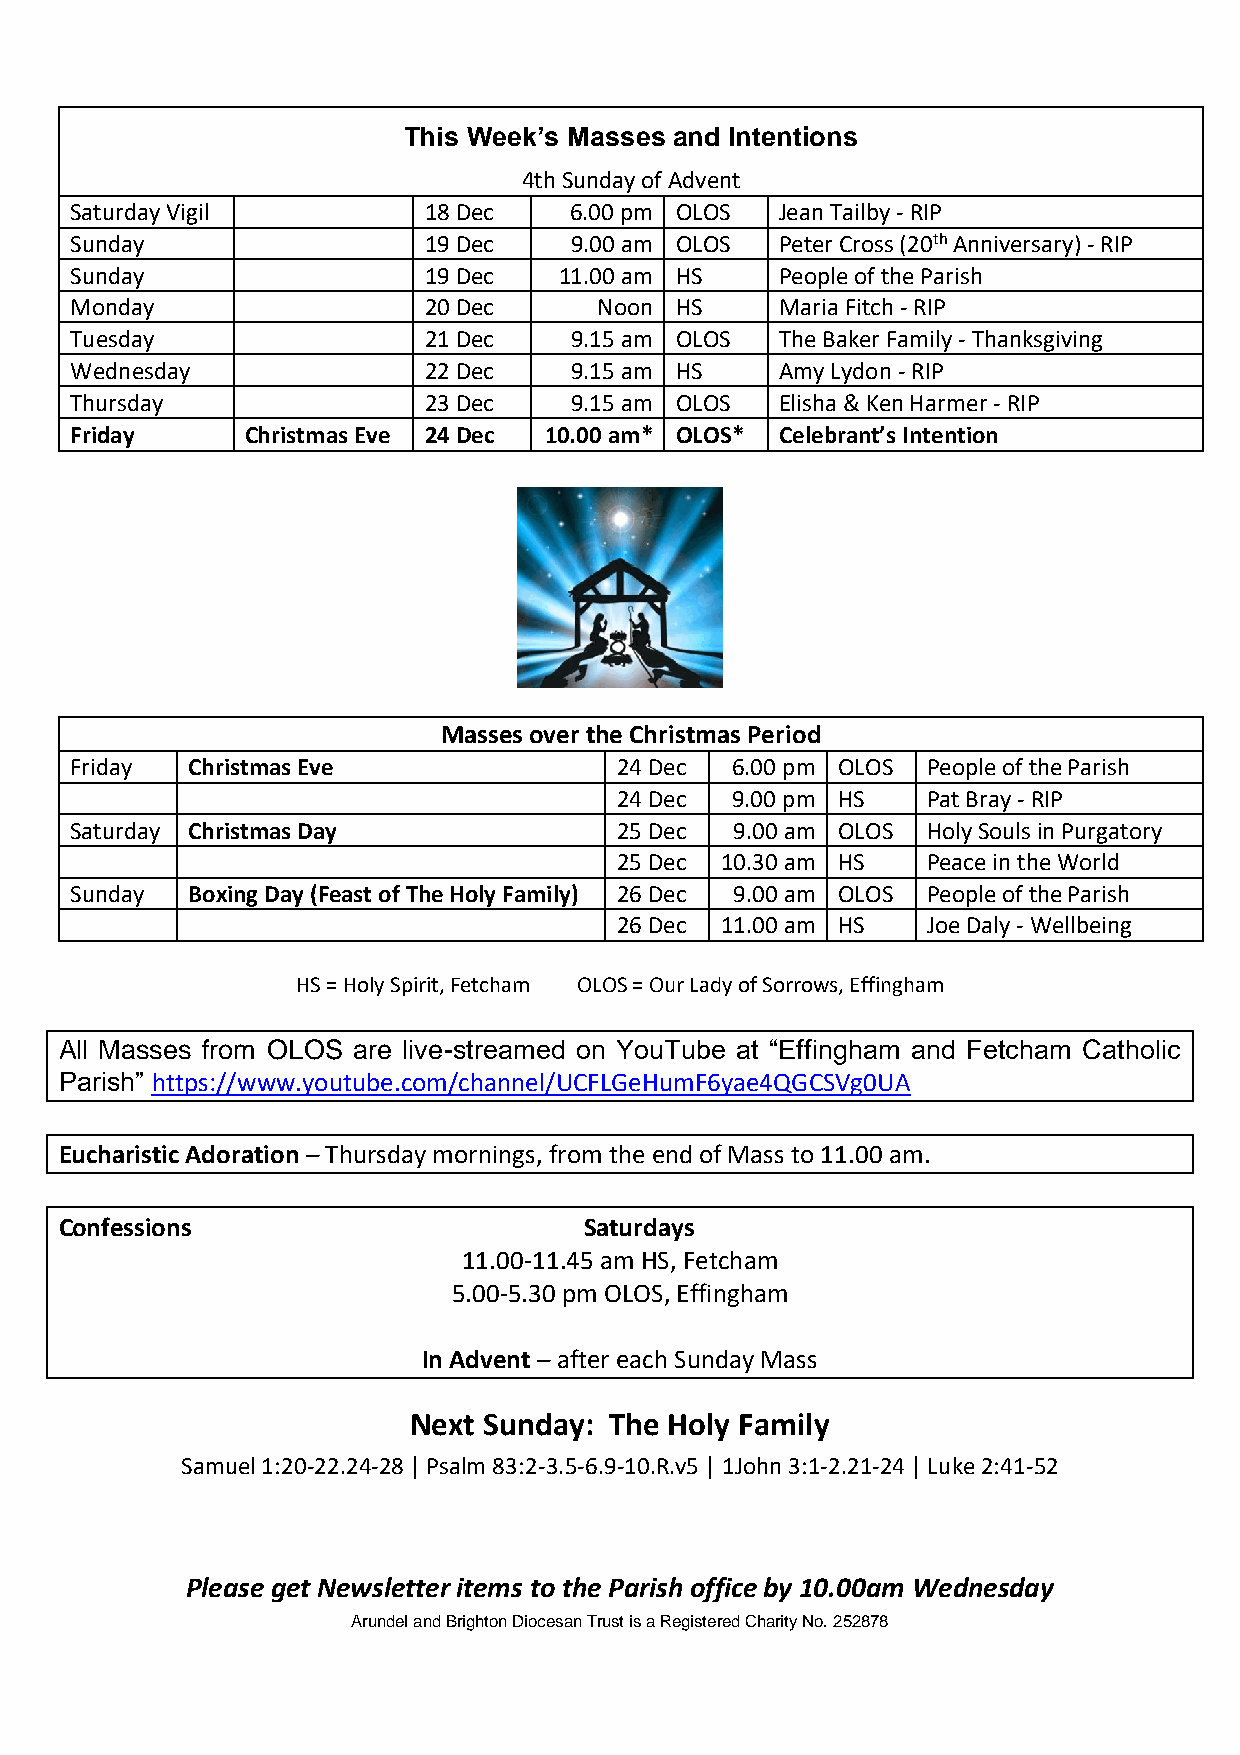
This Week’s Masses and Intentions
 4th Sunday of Advent
 Saturday Vigil         18 Dec    6.00 pm OLOS  Jean Tailby - RIP
 Sunday                 19 Dec    9.00 am OLOS  Peter Cross (20th Anniversary) - RIP
 Sunday                 19 Dec   11.00 am HS    People of the Parish
 Monday                 20 Dec      Noon HS     Maria Fitch - RIP
 Tuesday                21 Dec    9.15 am OLOS  The Baker Family - Thanksgiving
 Wednesday              22 Dec    9.15 am HS    Amy Lydon - RIP
 Thursday               23 Dec    9.15 am OLOS  Elisha & Ken Harmer - RIP
 Friday     Christmas Eve 24 Dec 10.00 am* OLOS* Celebrant’s Intention
 Masses over the Christmas Period
 Friday Christmas Eve                24 Dec 6.00 pm OLOS People of the Parish
 24 Dec 9.00 pm HS   Pat Bray - RIP
 Saturday Christmas Day              25 Dec  9.00 am OLOS Holy Souls in Purgatory
 25 Dec 10.30 am HS  Peace in the World
 Sunday Boxing Day (Feast of The Holy Family) 26 Dec 9.00 am OLOS People of the Parish
 26 Dec 11.00 am HS  Joe Daly - Wellbeing
 HS = Holy Spirit, Fetcham OLOS = Our Lady of Sorrows, Effingham
 All Masses from OLOS are live-streamed on YouTube at “Effingham and Fetcham Catholic
 Parish” https://www.youtube.com/channel/UCFLGeHumF6yae4QGCSVg0UA
 Eucharistic Adoration – Thursday mornings, from the end of Mass to 11.00 am.
 Confessions                        Saturdays
 11.00-11.45 am HS, Fetcham
 5.00-5.30 pm OLOS, Effingham
 In Advent – after each Sunday Mass
 Next Sunday: The Holy Family
 Samuel 1:20-22.24-28 | Psalm 83:2-3.5-6.9-10.R.v5 | 1John 3:1-2.21-24 | Luke 2:41-52
 Please get Newsletter items to the Parish office by 10.00am Wednesday
 Arundel and Brighton Diocesan Trust is a Registered Charity No. 252878